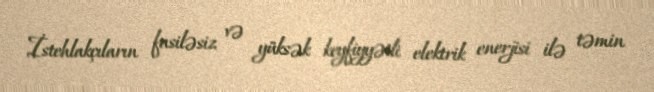
İstehlakçıların fasiləsiz və yüksək keyfiyyətli elektrik enerjisi ilə təmin